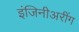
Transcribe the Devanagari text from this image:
इंजिनीअरींग